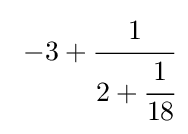
\ -3+{\cfrac {1}{2+{\cfrac {1}{18}}}}